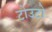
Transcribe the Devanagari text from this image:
टोउटो